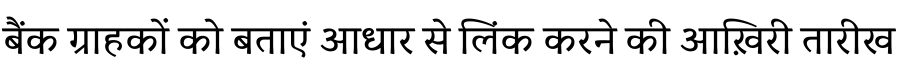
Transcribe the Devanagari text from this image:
बैंक ग्राहकों को बताएं आधार से लिंक करने की आख़िरी तारीख